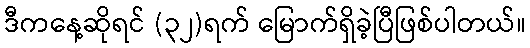
ဒီကနေ့ဆိုရင် (၃၂)ရက် မြောက်ရှိခဲ့ပြီဖြစ်ပါတယ်။